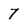
Character: 7